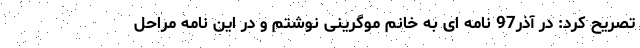
تصریح کرد: در آذر97 نامه ای به خانم موگرینی نوشتم و در این نامه مراحل